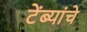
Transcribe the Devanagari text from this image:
टेंब्यांचे